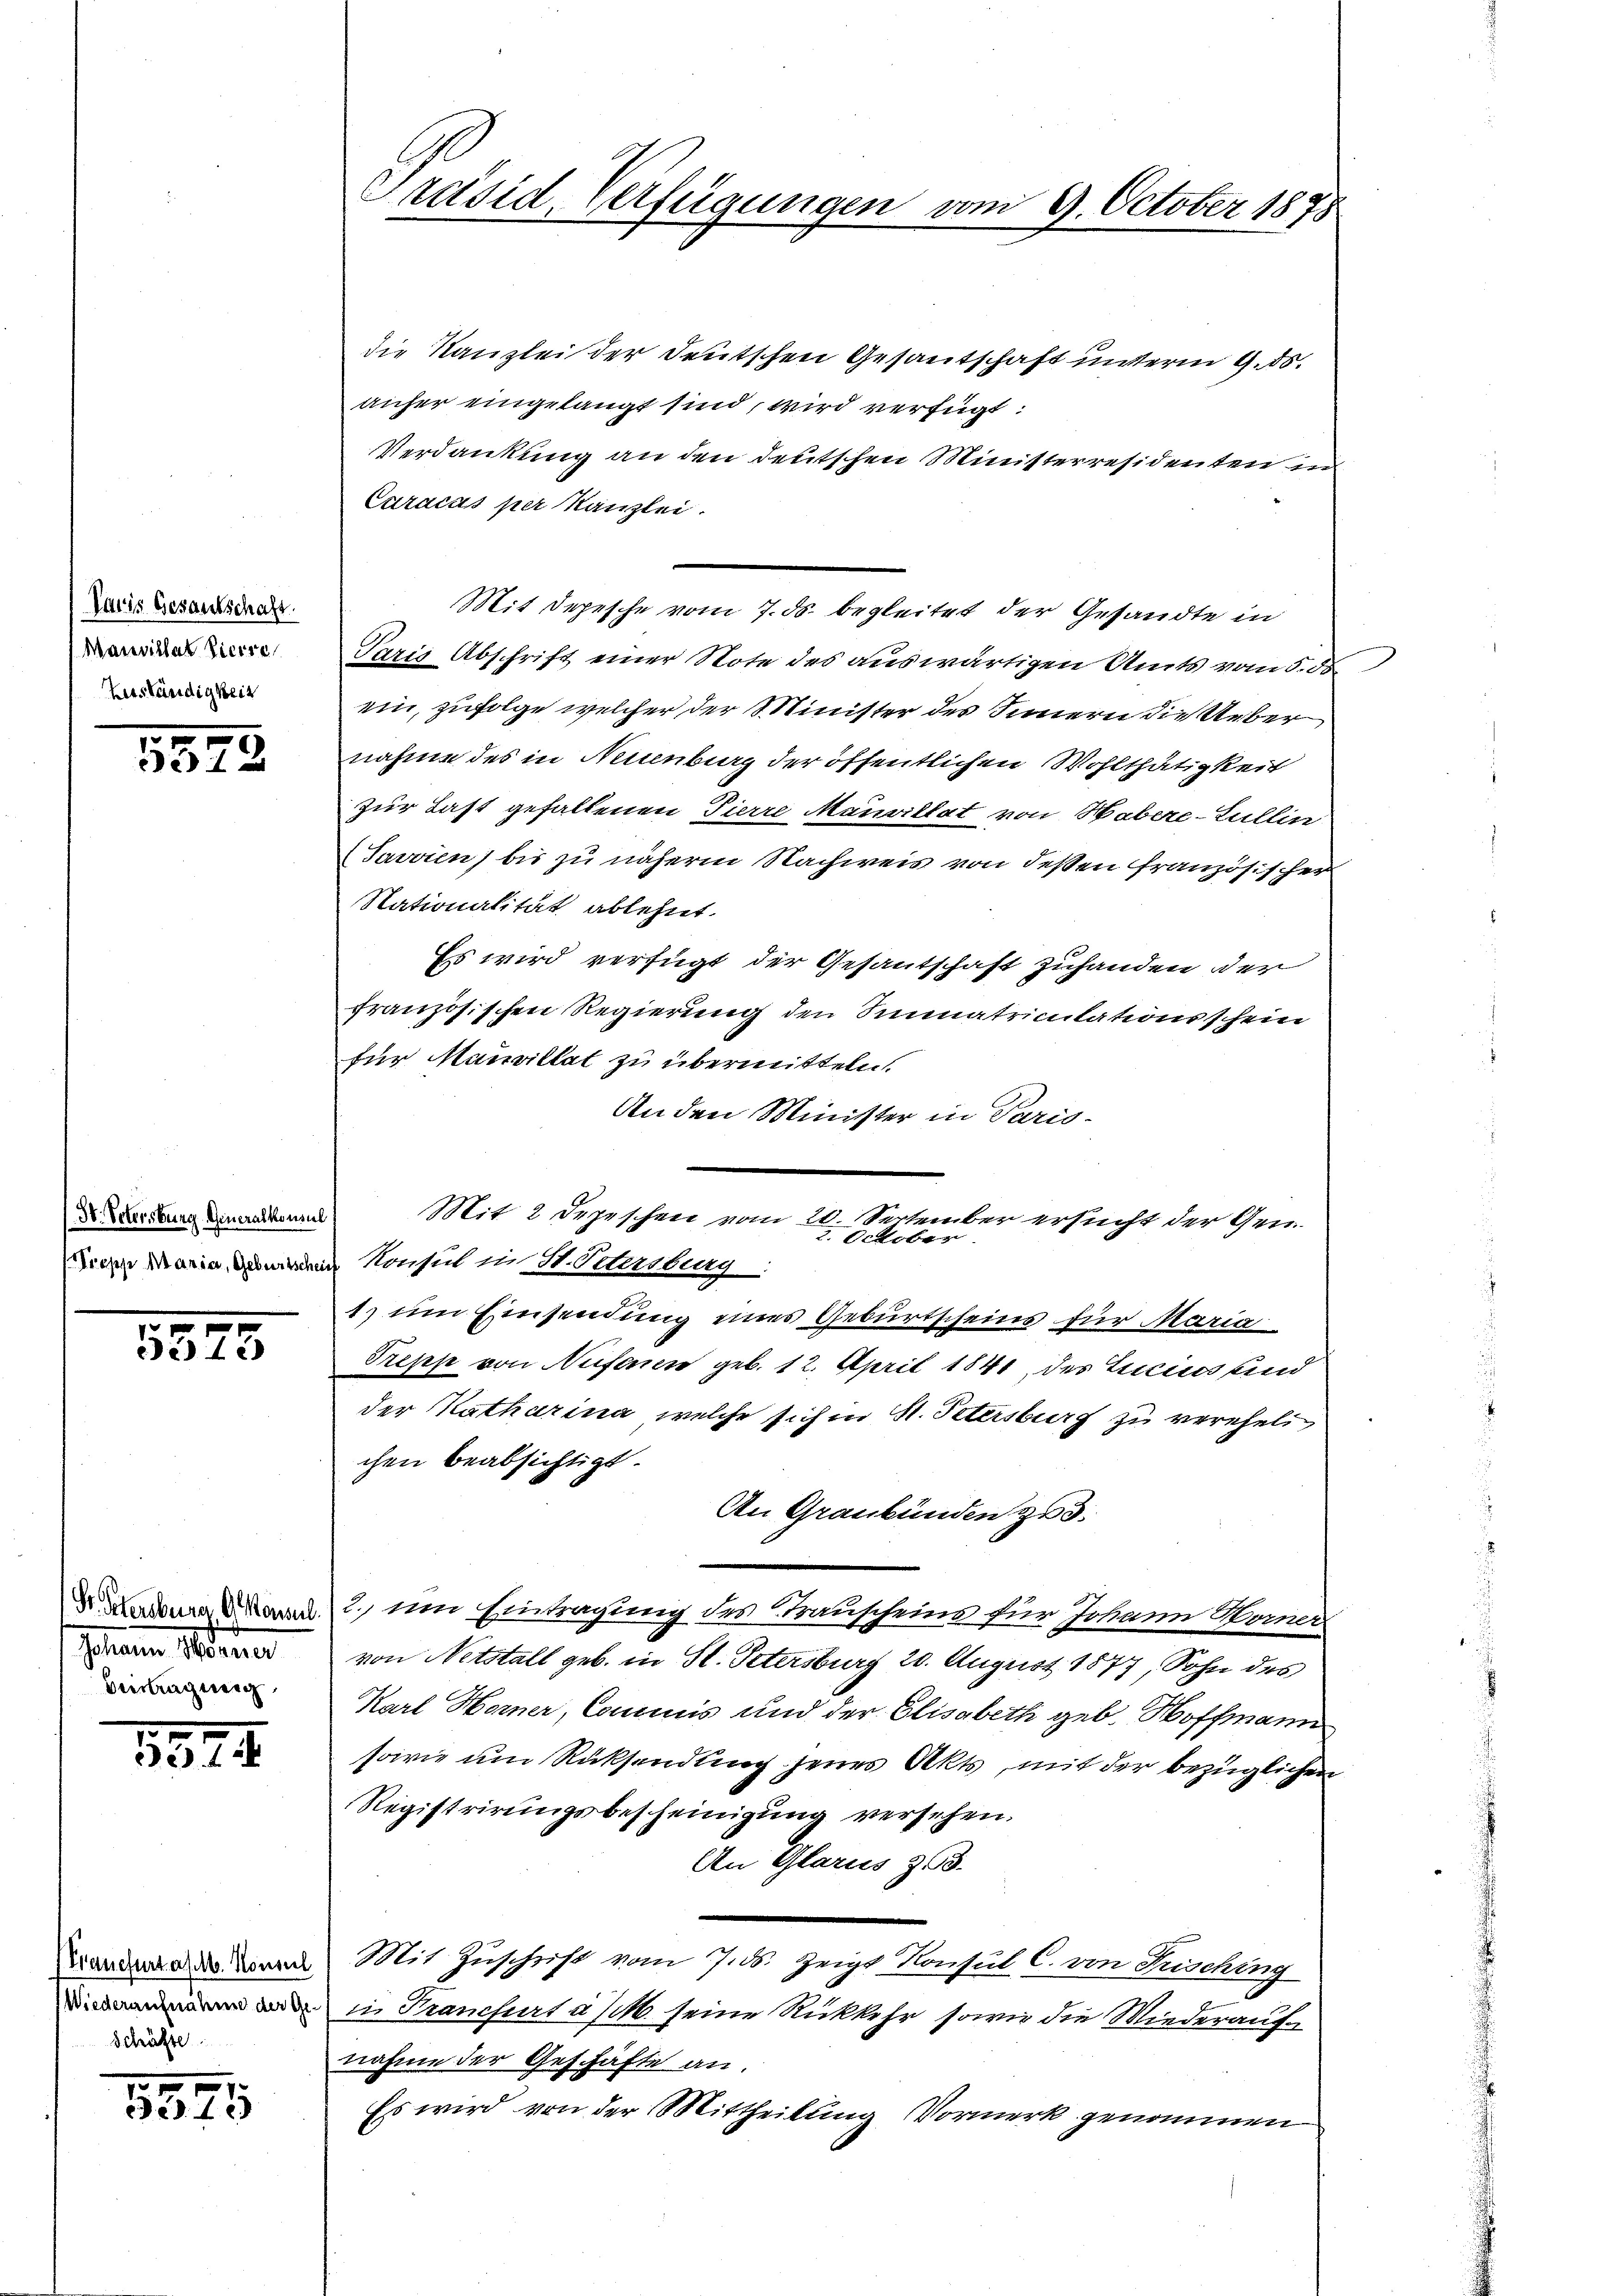
Paris Gesantschaft.
Manvillat Pierse
Verständigkeit

3373.

IV. Petersburg, Generalkonsul

71
 1x

Johann Mitter
Beitragung

5548.

Panefurt a/M. Konsul
Schäfte

5575

Präsid, Verfügungen vom 9. October 1875

die Kanzlei der Deutschen Gesantschaft unterm 9. ds.
aufer eingelangt sind, wird verfügt:
Verdankung an den deutschen Ministerresidenten un
Caracas per Kanzlei.
Mit Depesche vom 7. ds. begleitet der Gesandte in
Paris Abschrift einer Note des auswärtigen Amts vom 5. de
ein, zufolge welcher der Minister des Innern die Ueber
nahme des in Neuenburg der öffentlichen Wohlthätigkeit
zur Last gefallenen Tierre Mauvillat von Habere-Lullin
Javvien) bis zu näherm Nachweis von deßen französischer
Nationalität ablehnt.
Es wird verfügt der Gesantschaft zuhanden der
französischen Regierung den Sinnatriculationsschein
für Mauvillat zu übermitteln.
An den Minister in Paris-
Frau Marin werden Konsul in St. Petersburg
1) im Einsendung eines Geburtscheins für Maria
Treppe von Neifenen geb. 12. April 1841 des Lucius sind
der Katharina, welche sich in St. Petersburg zu vereheli
chen beabsichtigt.
An Graubünden zu 3.
 Laden Mal. 2 um Eintragung des Trauscheins für Johann Homer
von Netstall geb. in St. Petersburg 20. August 1877, Sohn des
Karl Horner, Commis und der Elisabeth geb. Hoffmann
sowie um Rücksendung jenes Akts, mit der bezüglichen
Registrirungsbescheinigung versehen.
An Glarus Z. 3.
Mit Zŭschrift vom 7. ds. zeigt Konsul C. von Frisching
in Kranchert a/M. seine Rückkehr sowie die Wiederauf
nahme der Geschäfte an.
Es wird von der Mittheilung Vormerk genommen

Mit 2 Depeschen vom 20. September ersucht der Gen
2. October.